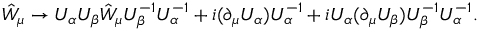
\hat { \cal W } _ { \mu } \to U _ { \alpha } U _ { \beta } \hat { \cal W } _ { \mu } U _ { \beta } ^ { - 1 } U _ { \alpha } ^ { - 1 } + i ( \partial _ { \mu } U _ { \alpha } ) U _ { \alpha } ^ { - 1 } + i U _ { \alpha } ( \partial _ { \mu } U _ { \beta } ) U _ { \beta } ^ { - 1 } U _ { \alpha } ^ { - 1 } .